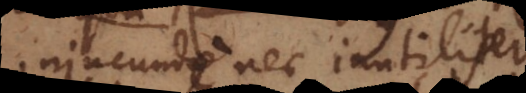
jucunde nec inutiliter